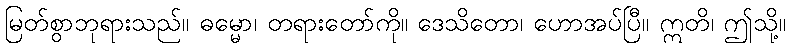
မြတ်စွာဘုရားသည်။ ဓမ္မော၊ တရားတော်ကို။ ဒေသိတော၊ ဟောအပ်ပြီ။ ဣတိ၊ ဤသို့။